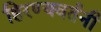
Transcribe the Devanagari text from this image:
हिरण्यवर्तनी